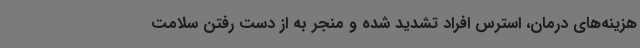
هزینه‌های درمان، استرس افراد تشدید شده و منجر به از دست رفتن سلامت